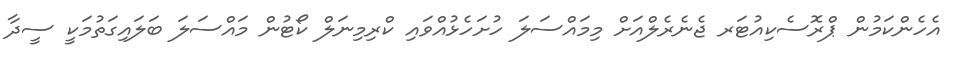
އެހެންކަމުން ޕްރޮސެކިއުޓަރ ޖެނެރެލްއަށް މިމައްސަލަ ހުށަހެޅުއްވައި ކްރިމިނަލް ކޯޓުން މައްސަލަ ބަލައިގަތުމަކީ ސީދާ